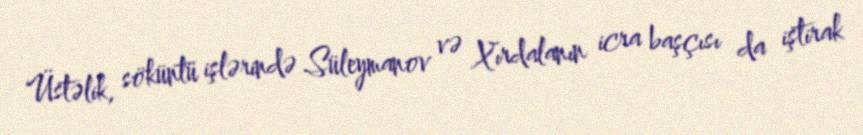
Üstəlik, söküntü işlərində Süleymanov və Xırdalanın icra başçısı da iştirak